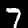
Label: 7